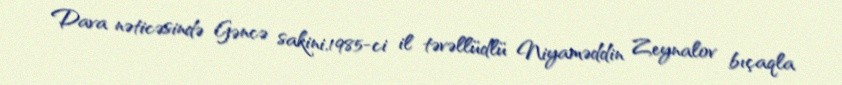
Dava nəticəsində Gəncə sakini,1985-ci il təvəllüdlü Niyaməddin Zeynalov bıçaqla